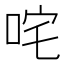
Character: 咤